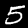
Label: 5